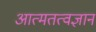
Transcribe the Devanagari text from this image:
आत्मतत्वज्ञान